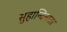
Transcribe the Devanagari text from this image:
सुहान्दिनाता